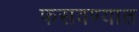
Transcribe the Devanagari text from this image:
फसवण्यात